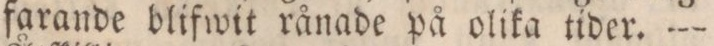
farande blifwit rånade på olika tider. —